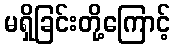
မရှိခြင်းတို့ကြောင့်